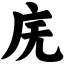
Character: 庑